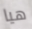
هيا